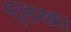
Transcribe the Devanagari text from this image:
तिखा